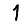
Digit: 1